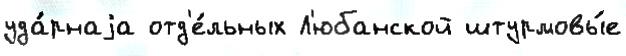
уда́рнаjа отд'е́льных Л'юбанской штурмовы́е